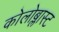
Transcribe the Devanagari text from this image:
कोलोब्लास्ट